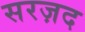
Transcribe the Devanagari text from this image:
सरज़द